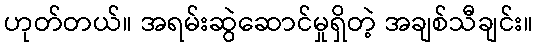
ဟုတ်တယ်။ အရမ်းဆွဲဆောင်မှုရှိတဲ့ အချစ်သီချင်း။